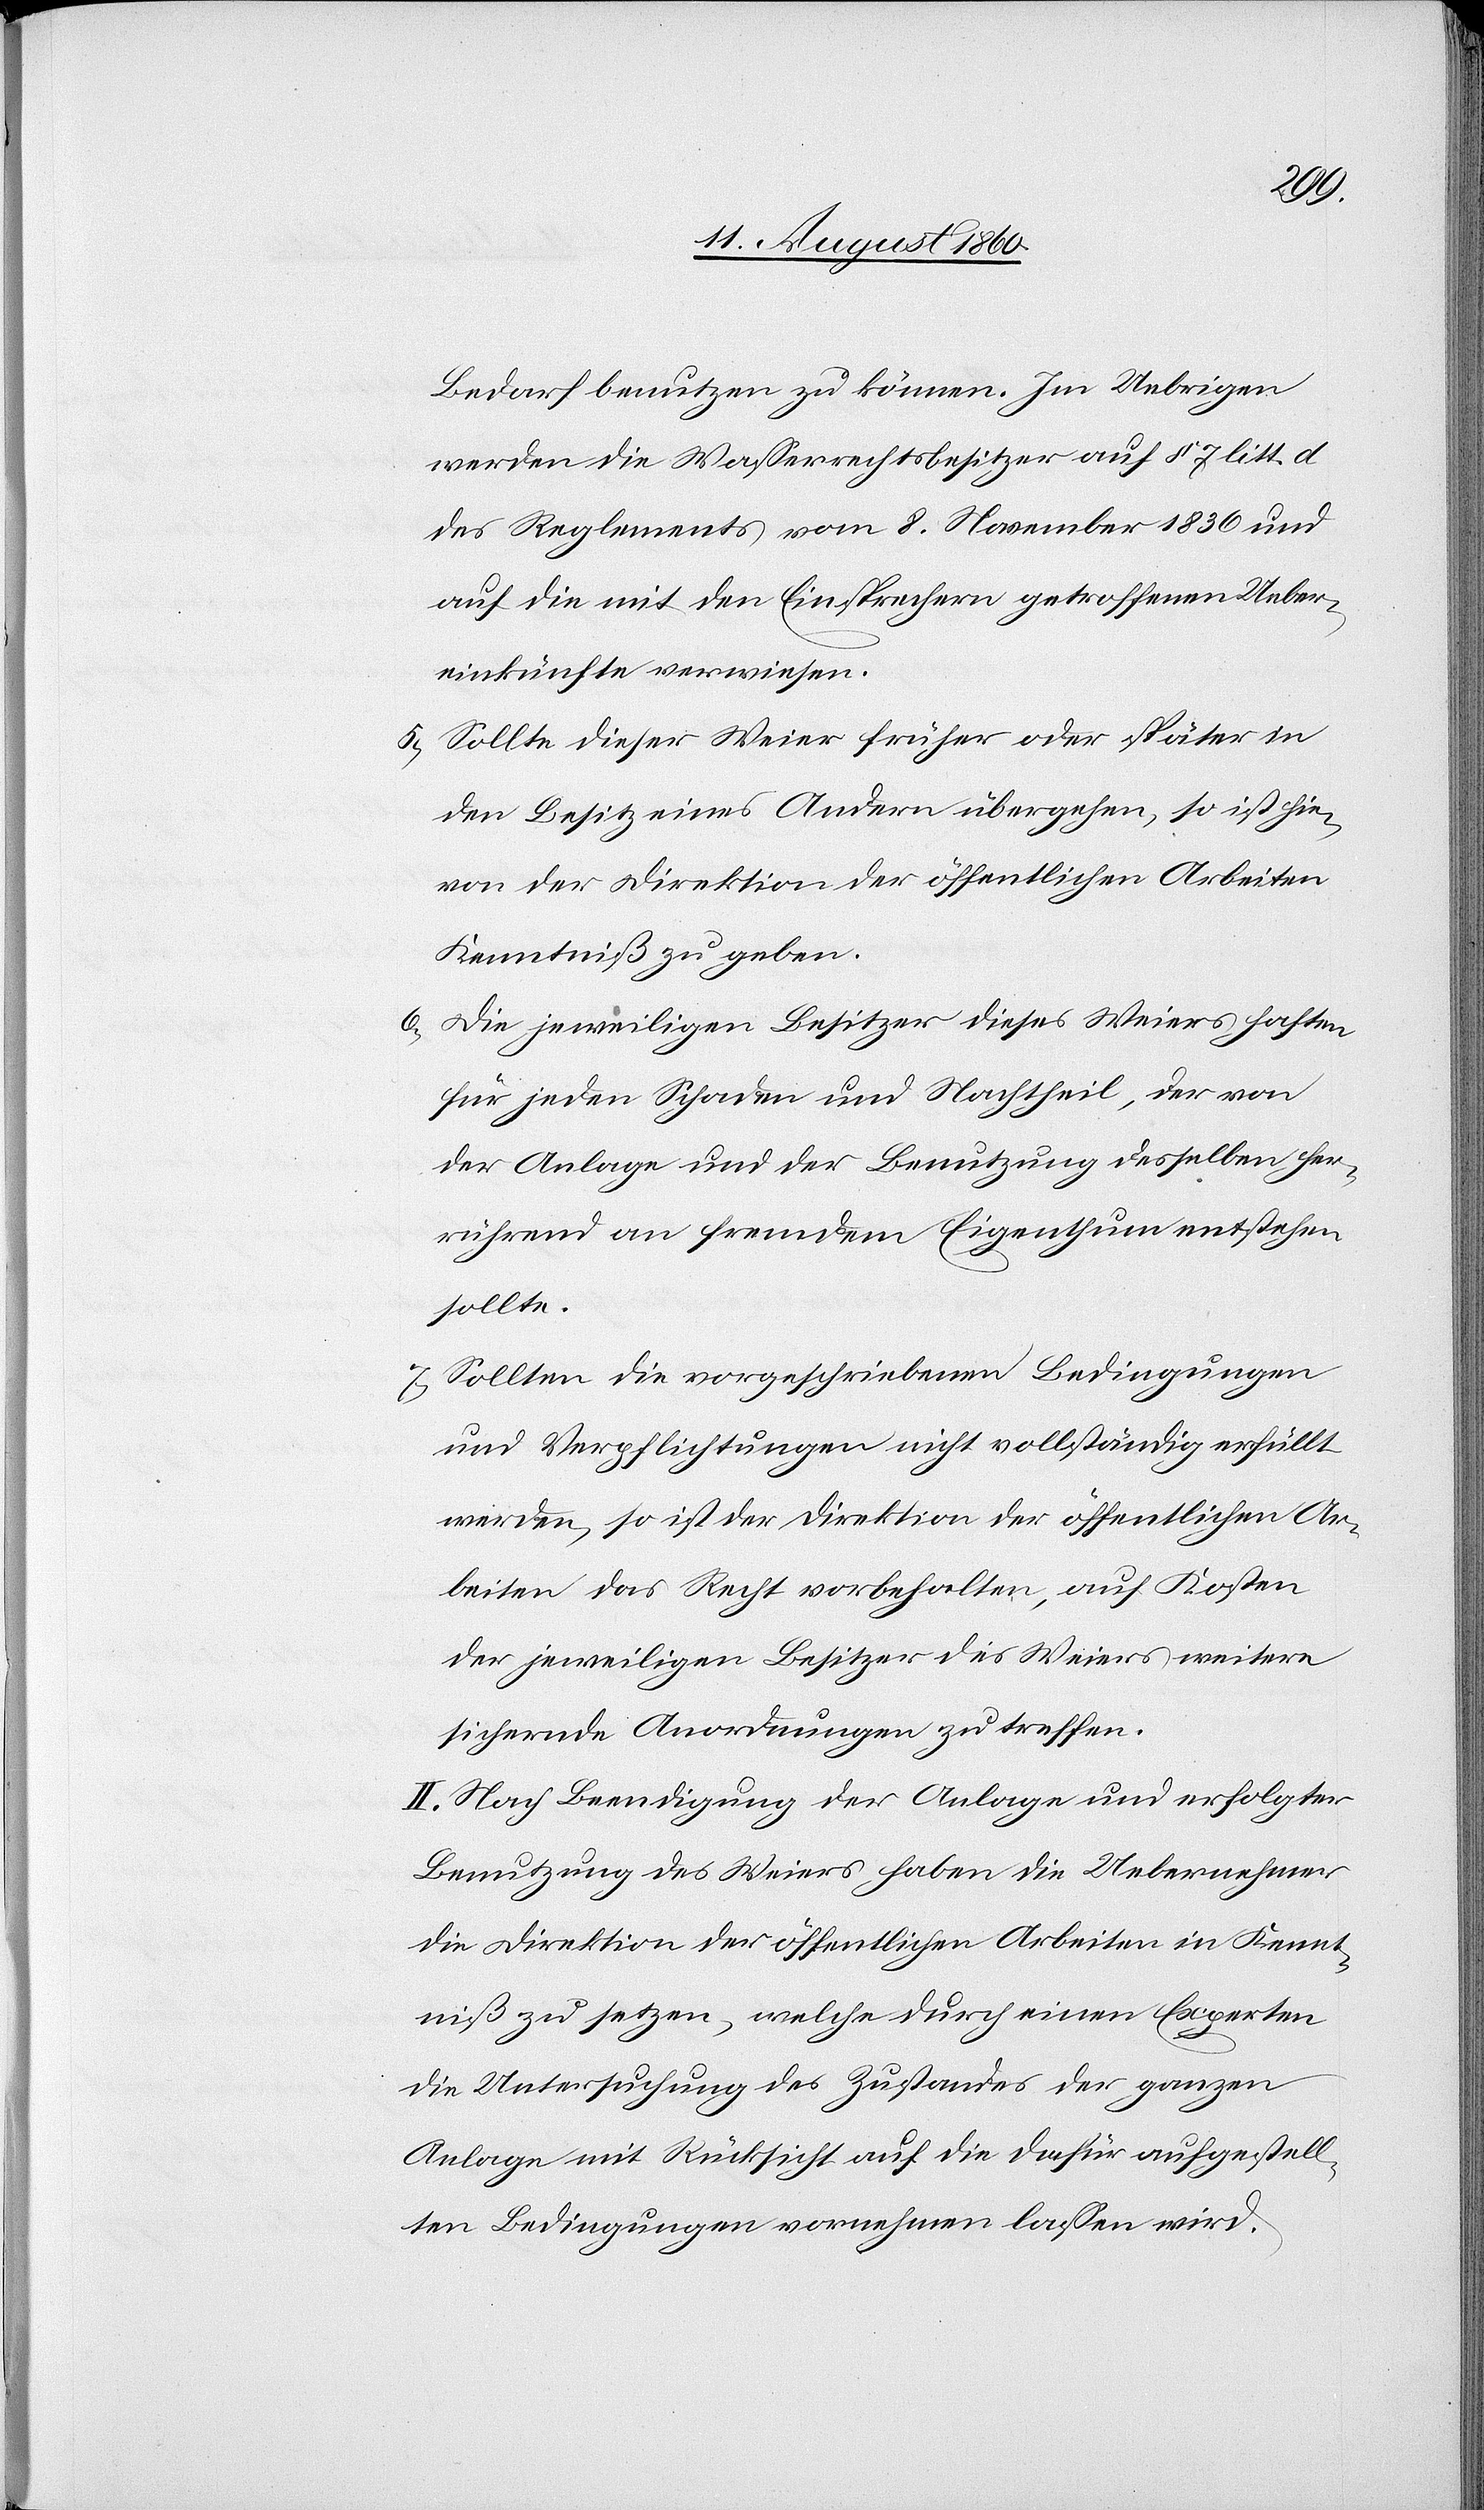
Bedarf benutzen zu können. Im Uebrigen
werden die Wasserrechtsbesitzer auf §. 7 litt. d.
des Reglements vom 8. Wintermonat 1836 und
auf die mit den Einsprechern getroffenen Ueber¬
einkünfte verwiesen.
5) Sollte dieser Weyer früher oder später in
den Besitz eines Andern übergehen, so ist hie¬
von der Direktion der öffentlichen Arbeiten
Kenntniss zu geben.
6) Die jeweiligen Besitzer dieses Weyers haften
für jeden Schaden und Nachtheil der von
der Anlage und der Benutzung desselben her¬
rührend an fremdem Eigenthum entstehen
sollte.
7) Sollten die vorgeschriebenen Bedingungen
u. Verpflichtungen nicht vollständig erfüllt
werden, so ist der Direktion der öffentlichen Ar¬
beiten das Recht vorbehalten auf Kosten
der jeweiligen Besitzer des Weyers weitere
sichernde Anordnungen zu treffen.
II. Nach Beendigung der Anlage und erfolgter
Benutzung des Weyers haben die Uebernehmer
die Direktion der öffentlichen Arbeiten in Kennt¬
niss zu setzen, welche durch einen Experten
die Untersuchung des Zustandes der ganzen
Anlage mit Rücksicht auf die dafür aufgestell¬
ten Bedingungen vornehmen lassen wird.